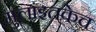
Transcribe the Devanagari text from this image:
मुलांइतकेच